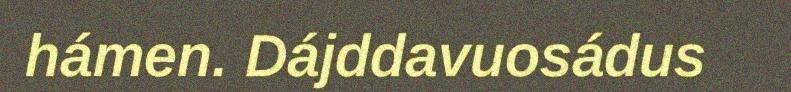
hámen. Dájddavuosádus